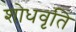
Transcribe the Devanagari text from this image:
शोधवृति